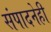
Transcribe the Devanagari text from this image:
संपादनेही